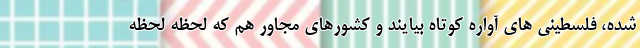
شده، فلسطینی های آواره کوتاه بیایند و کشورهای مجاور هم که لحظه لحظه